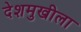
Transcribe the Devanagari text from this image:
देशमुखीला